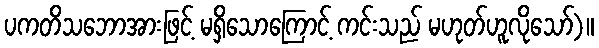
ပကတိသဘောအားဖြင့် မရှိသောကြောင့် ကင်းသည် မဟုတ်ဟူလိုသော်)။